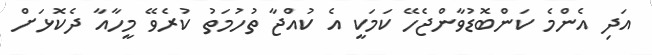
އަދި އެންމެ ކަންބޮޑުވާންޖެހޭ ކަމަކީ އެ ކުއްޖާ ތުހުމަތު ކުރެވޭ މީހާއާ ދެކޮޅަށް